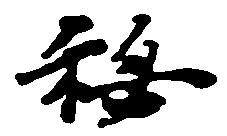
秘